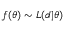
f ( \theta ) \sim { \cal L } ( d | \theta )